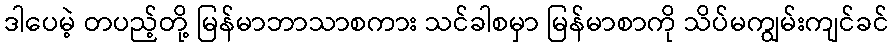
ဒါပေမဲ့ တပည့်တို့ မြန်မာဘာသာစကား သင်ခါစမှာ မြန်မာစာကို သိပ်မကျွမ်းကျင်ခင်